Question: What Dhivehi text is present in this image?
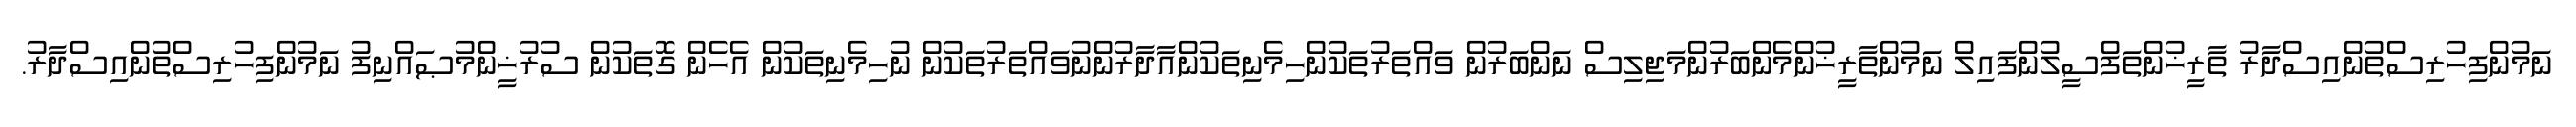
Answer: ނަމުންފިހުރިސްތުންއިސްދާރު ތާރީޚުންތަފްސީލުންފައިލް ނަމުންތާރީޚުންމެންބަރުންމަޖިލިސް ނަންބަރުން ވައްތަރުތަކުންހިމެނިތަކުންއާދާރުންނުވައްތަރުތަކުން ނުހިމެނިތަކުން އެހެން ގޮތަކުން ސުރުޚީންމުޞައްނިފު ނަމުންފިހުރިސްތުންއިސްދާރު.